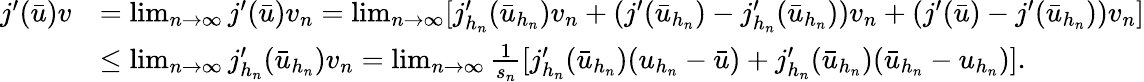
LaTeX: \begin{array}{rl}{j^{\prime}(\bar{u})v}&{=\operatorname*{lim}_{n\to\infty}j^{\prime}(\bar{u})v_{n}=\operatorname*{lim}_{n\to\infty}[j_{h_{n}}^{\prime}(\bar{u}_{h_{n}})v_{n}+(j^{\prime}(\bar{u}_{h_{n}})-j_{h_{n}}^{\prime}(\bar{u}_{h_{n}}))v_{n}+(j^{\prime}(\bar{u})-j^{\prime}(\bar{u}_{h_{n}}))v_{n}]}\\ &{\leq\operatorname*{lim}_{n\to\infty}j_{h_{n}}^{\prime}(\bar{u}_{h_{n}})v_{n}=\operatorname*{lim}_{n\to\infty}\frac{1}{s_{n}}[j_{h_{n}}^{\prime}(\bar{u}_{h_{n}})(u_{h_{n}}-\bar{u})+j_{h_{n}}^{\prime}(\bar{u}_{h_{n}})(\bar{u}_{h_{n}}-u_{h_{n}})].}\end{array}